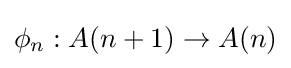
\phi _{n}:A(n+1)\to A(n)